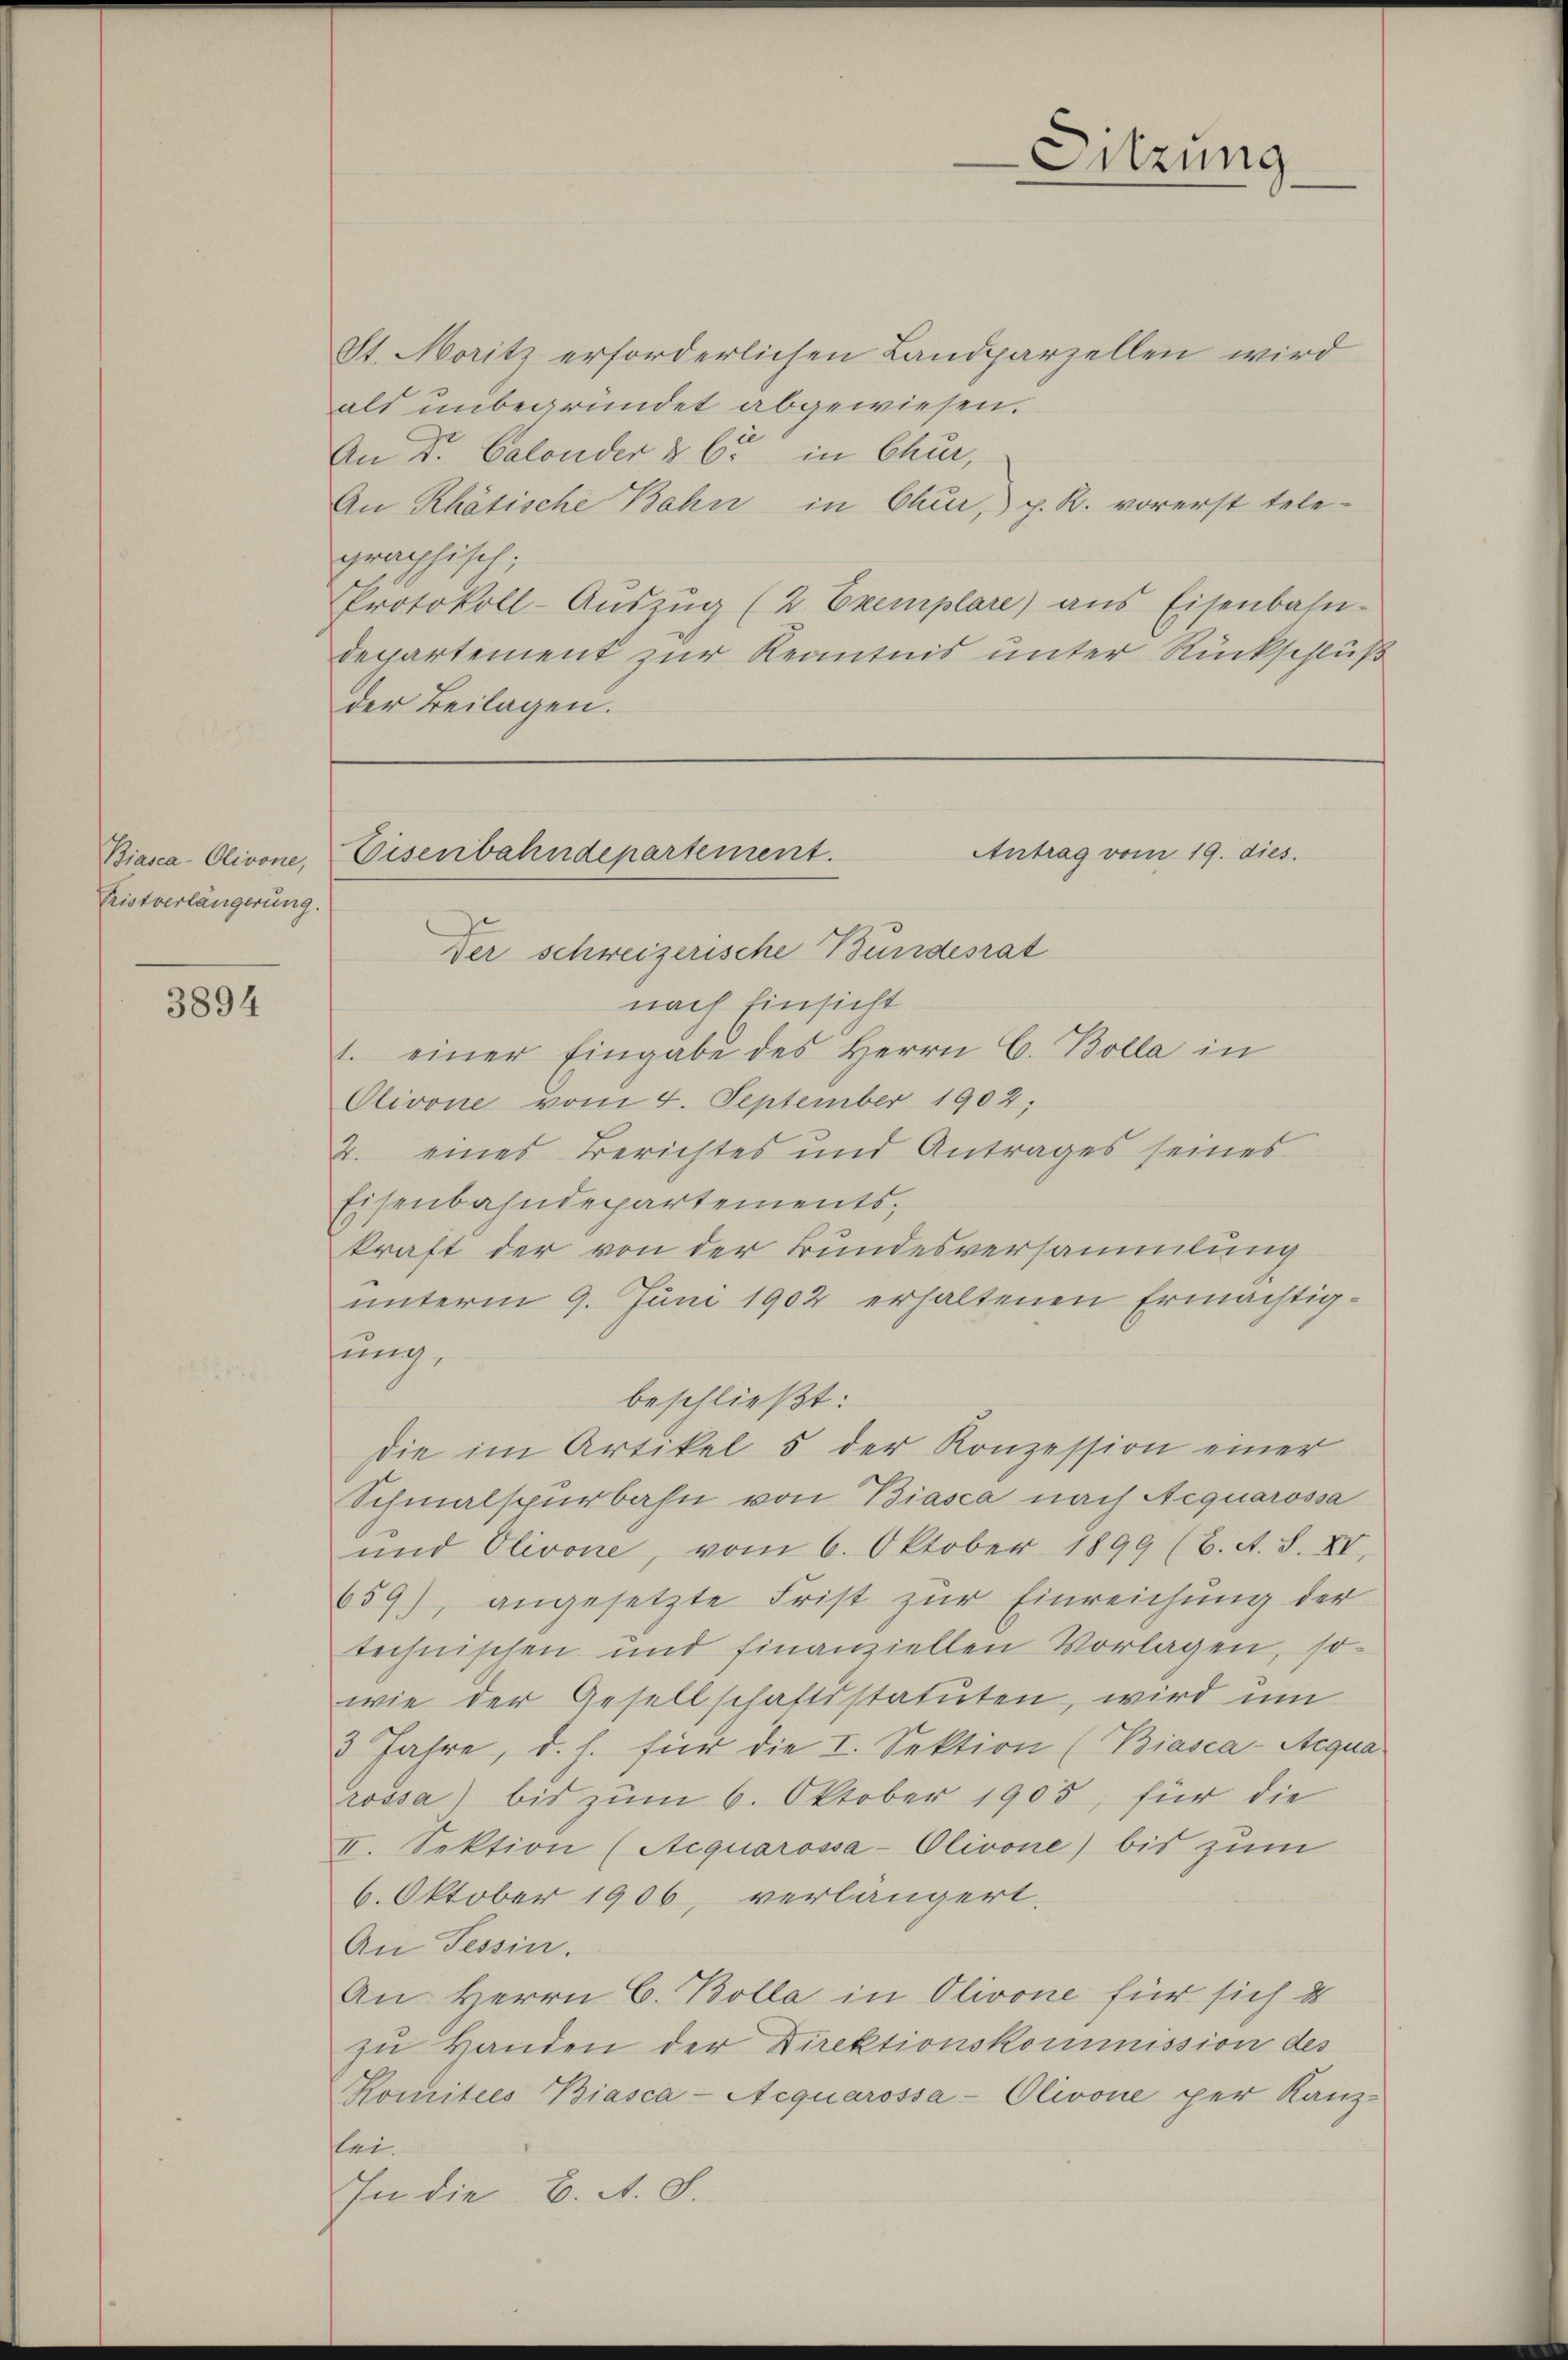
Biasca-Olivone,
Pristverlängerung.

3894

Sitzung

St. Moritz erforderlichen Landparzellen wird
als unbegründet abgewiesen.
An Dr. Calonder & Cie in Chur,
An Rhätische Bahn in Chur, p. R. vorerst tele-
graphisch;
Protokoll-Aŭszŭg (2 Exemplare) ans Eisenbahn-
departement zur Kenntnis unter Rückschluß
der Beilagen.

nach Einsicht
1. einer Eingabe des Herrn C. Bolla in
Olivone vom 4. September 1902;
2. eines Berichtes und Antrages seines
Eisenbahndepartements,
kraft der von der Bundesversammlung
unterm 9. Juni 1902 erhaltenen Ermächtigsung.
beschließt:
Die im Artikel 5 der Konzession einer
Schmalspurbahn von Biasca nach Aequarossa
und Olivone, vom 6. Oktober 1899 (6. A. S. XV,
659), angesetzte Frist zŭr Einreichŭng der
technischen und finanziellen Vorlagen, so
wie der Gesellschaftsstatuten, wird um
3 Jahre, d. h. für die I. Sektion (Biasca-Aequa
rossa) bis zum 6. Oktober 1905, für die
II. Sektion (Aequarossa-Olivone) bis zum
6. Oktober 1906, verlängert.
An Tessin.
An Herrn C. Bolla in Olivone für sich d
zu Handen der Direktionskommission des
Komitees Biasca-Aequarossa-Olivone per Kanz-
lei.
In die B. A. S.

Antrag vom 19. dies.
Eisenbahndepartement.
Der schweizerische Bundesrat